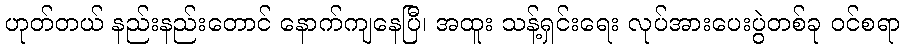
ဟုတ်တယ် နည်းနည်းတောင် နောက်ကျနေပြီ၊ အထူး သန့်ရှင်းရေး လုပ်အားပေးပွဲတစ်ခု ဝင်စရာ